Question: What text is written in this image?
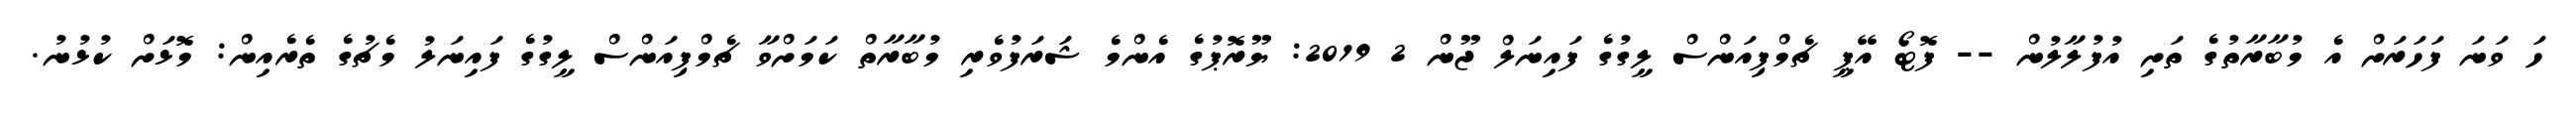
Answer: ހަ ވަނަ ފަހަރަށް އެ މުބާރާތުގެ ތަށި އުފުލާލުން -- ފޮޓޯ އޭޕީ ޗެމްޕިއަންސް ލީގުގެ ފައިނަލް ޖޫން 2 2019: ޔޫރޮޕުގެ އެންމެ ޝަރަފުވެރި މުބާރާތް ކަމަށްވާ ޗެމްޕިއަންސް ލީގުގެ ފައިނަލު މެޗުގެ ތެރެއިން: މޮޅަށް ކުޅުނު.